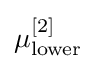
\mu _{\text{lower}}^{[2]}